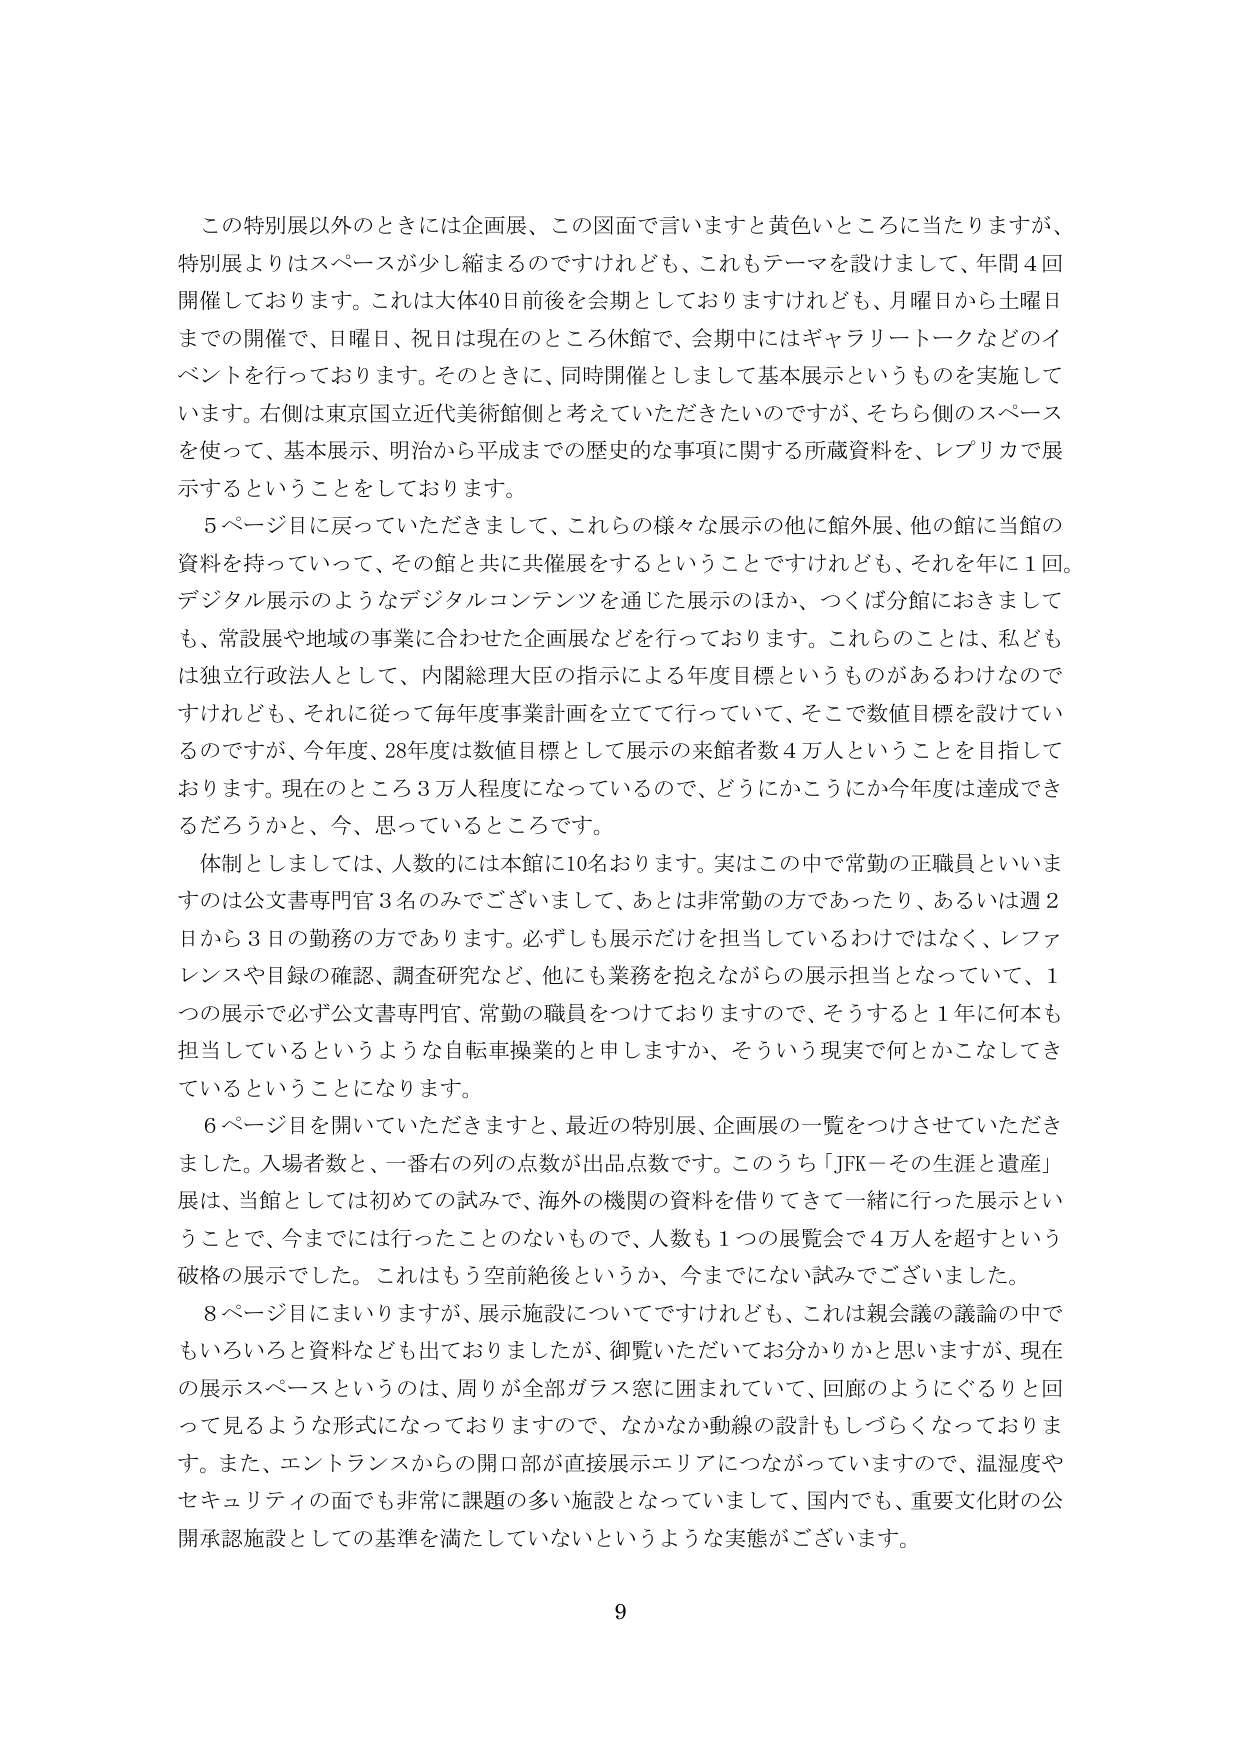
この特別展以外のときには企画展、この図面で言いますと黄色いところに当たりますが、
特別展よりはスペースが少し縮まるのですけれども、これもテーマを設けまして、年間４回
開催しております。これは大体40日前後を会期としておりますけれども、月曜日から土曜日
までの開催で、日曜日、祝日は現在のところ休館で、会期中にはギャラリートークなどのイ
ベントを行っております。そのときに、同時開催としまして基本展示というものを実施して
います。右側は東京国立近代美術館側と考えていただきたいのですが、そちら側のスペース
を使って、基本展示、明治から平成までの歴史的な事項に関する所蔵資料を、レプリカで展
示することをしております。

５ページ目に戻っていただきまして、これらの様々な展示の他に館外展、他の館に当館の
資料を持っていって、その館と共につく共催展をするということですけれども、それを年に１回。
デジタル展示のようなデジタルコンテンツを通じた展示のほか、つくば分館におきまして
も、常設展や地域の事業に合わせた企画展などを行っております。これらのこと、私ども
は独立行政法人として、内閣総理大臣の指示による年度目標というものがあるわけなので
すけれども、それに従って毎年度事業計画を立てて行っていて、そこで数値目標を設けてい
るのですが、今年度、28年度は数値目標として展示の来館者数４万人ということを目指して
おります。現在のところ３万人程度になっているので、どうにかこうにか今年度は達成でき
るだろうかと、今、思っているところです。

体制としましては、人数的には本館に10名おります。実はこの中で常勤の正職員といいま
すのは公文書専門官３名のみでございまして、あとは非常勤の方であったり、あるいは週２
日から３日の勤務の方であります。必ずしも展示だけを担当しているわけではなく、レファ
レンスや目録の確認、調査研究など、他にも業務を抱えながらの展示担当となっていて、１
つの展示で必ず公文書専門官、常勤の職員をつけておりますので、そうすると１年に何本も
担当しているというような自転車操業的と申しますか、そういう現実で何とかこなしてき
ているということになります。

６ページ目を開いていただきますと、最近の特別展、企画展の一覧をつづけさせていただき
ました。入場者数と、一番右の列の点数が出品点数です。このうち「JFK－その生涯と遺産」
展は、当館としては初めての試みで、海外の機関の資料を借りてきて一緒に行った展示とい
うことで、今までには行ったことのないもので、人数も１つの展覧会で４万人を超すという
破格の展示でした。これはもう空前絶後というか、今までにない試みでございました。

８ページ目にまいりますが、展示施設についてですけれども、これは親会議の議論の中でも
いろいろと資料なども出ておりましたが、御覧いただいてお分かりかと思いますが、現在
の展示スペースというのは、周りが全部ガラス窓に囲まれていて、回廊のようにぐるりと回
って見るような形式になっておりますので、なかなか動線の設計もしづらくなっておりま
す。また、エントランスからの開口部が直接展示エリアにつながっていますので、温湿度や
セキュリティの面でも非常に課題の多い施設となっていまして、国内でも、重要文化財の公
開承認施設としての基準を満たしていないというような実態がございます。

9